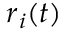
\ensuremath { \boldsymbol { r } } _ { i } ( t )